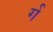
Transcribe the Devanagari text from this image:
र्ग